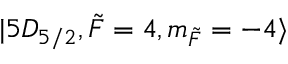
\lvert 5 D _ { 5 / 2 } , \Tilde { F } = 4 , m _ { \Tilde { F } } = - 4 \rangle